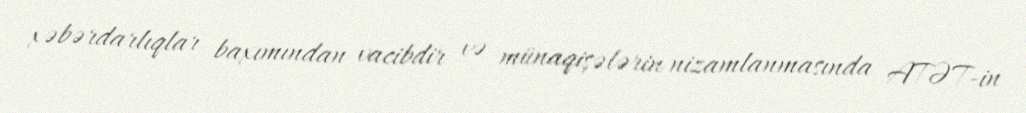
xəbərdarlıqlar baxımından vacibdir və münaqişələrin nizamlanmasında ATƏT-in